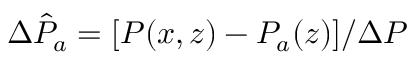
\Delta \hat { P } _ { a } = [ P ( x , z ) - P _ { a } ( z ) ] / \Delta P